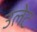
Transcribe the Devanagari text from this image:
उलेट